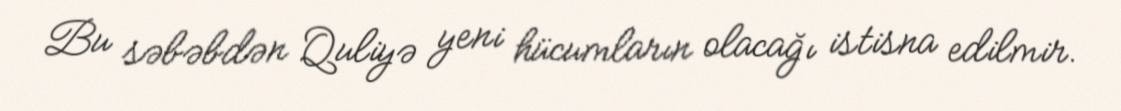
Bu səbəbdən Quliyə yeni hücumların olacağı istisna edilmir.